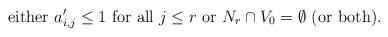
LaTeX: \begin{align*}\textrm{either $a'_{i,j} \le 1$ for all $j \le r$ or $ N_r \cap V_0 = \emptyset$ (or both).} \end{align*}